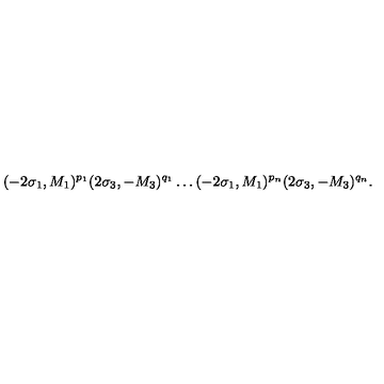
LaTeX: ( - 2 \sigma _ { 1 } , M _ { 1 } ) ^ { p _ { 1 } } ( 2 \sigma _ { 3 } , - M _ { 3 } ) ^ { q _ { 1 } } \ldots ( - 2 \sigma _ { 1 } , M _ { 1 } ) ^ { p _ { n } } ( 2 \sigma _ { 3 } , - M _ { 3 } ) ^ { q _ { n } } .